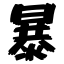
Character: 暴